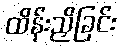
ထိန်းညှိခြင်း